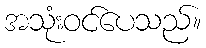
အသုံးဝင်ပေသည်။